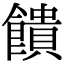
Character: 饋